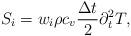
LaTeX: \begin{align*}S_i={{w}_i} \rho c_v\frac{\Delta t}{2} \partial_t^2T,\end{align*}